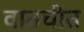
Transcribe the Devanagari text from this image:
वातचीत